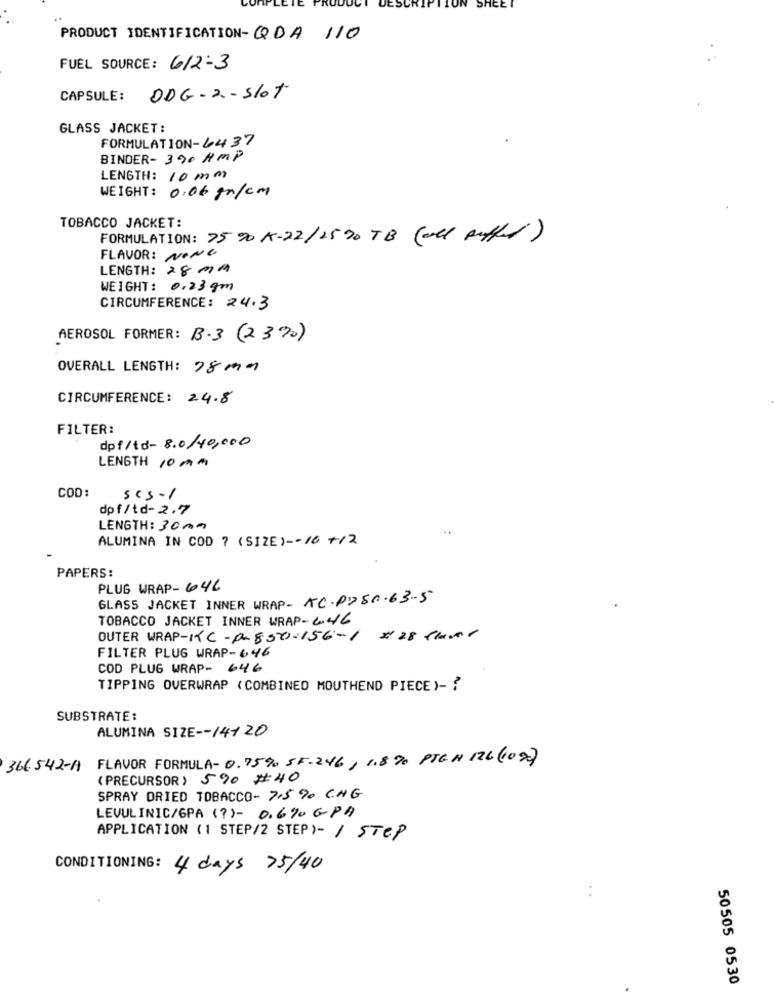
SHEET
PRODUCT IDENTIFICATION-QDA 110
FUEL SOURCE: 6/2-3
CAPSULE:
DDG-2 - Slot
GLASS JACKET:
FORMULATION-6437
BINDER- 390 AMP
LENGTH: 10 mm
WEIGHT: 0.06 g/cm
TOBACCO JACKET:
FORMULATION: 75 % K-22/25 90 TB (all puffet)
FLAVOR: NONE
LENGTH: 28 MM
WEIGHT: 0.23 gm
CIRCUMFERENCE: 24.3
AEROSOL FORMER: B.3 (2370)
OVERALL LENGTH: 78 mm
CIRCUMFERENCE: 24.8
FILTER:
dpf/td- 8.0/40,000
LENGTH 10 Mm
COD:
sc3-1
dof/td- 2.7
LENGTH: 30AM
ALUMINA IN COD ? (SIZE) -- 10 +/2
PAPERS:
PLUG WRAP- 646
GLASS JACKET INNER WRAP- AC.P280.63-5
TOBACCO JACKET INNER WRAP-4.46
OUTER WRAP-KC-P-850-156-1
# 28 thur
FILTER PLUG WRAP-646
COD PLUG WRAP- 646
TIPPING OVERWRAP ( COMBINED MOUTHEND PIECE)- ?
SUBSTRATE:
ALUMINA SIZE -- 14120
FLAVOR FORMULA- 0.75% SF.246, 1.8 % PTEN 12L (100)
366542-A
(PRECURSOR) 590 # 40
SPRAY DRIED TOBACCO- 7,5% CNG
LEVULINIC/6PA (?)- 0.6%0 GPA
APPLICATION (1 STEP/2 STEP)- / STEP
CONDITIONING: 4 days 75/40
50505 0530